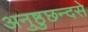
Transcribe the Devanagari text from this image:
अनुष्ठुछन्दसे